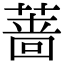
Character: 蔷